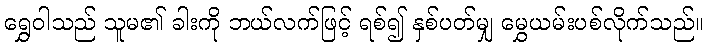
ရွှေဝါသည် သူမ၏ ခါးကို ဘယ်လက်ဖြင့် ရစ်၍ နှစ်ပတ်မျှ မွှေယမ်းပစ်လိုက်သည်။